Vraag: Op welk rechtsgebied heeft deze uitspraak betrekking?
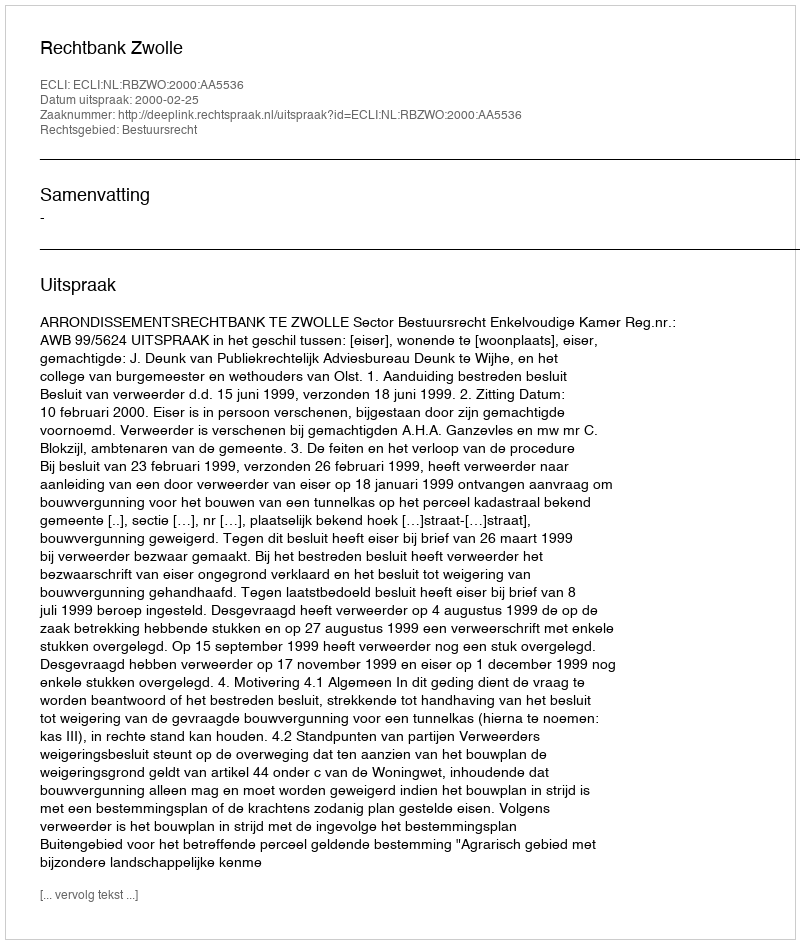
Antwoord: Bestuursrecht